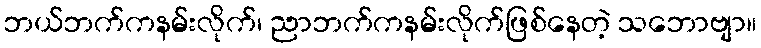
ဘယ်ဘက်ကနမ်းလိုက်၊ ညာဘက်ကနမ်းလိုက်ဖြစ်နေတဲ့ သဘောဗျာ။